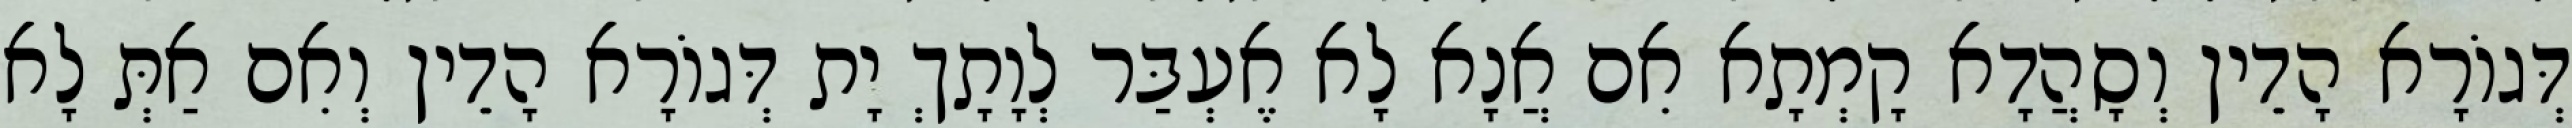
דְּגוֹרָא הָדֵין וְסָהֲדָא קָמְתָא אִם אֲנָא לָא אֶעְבַּר לְוָתָךְ יָת דְּגוֹרָא הָדֵין וְאִם אַתְּ לָא